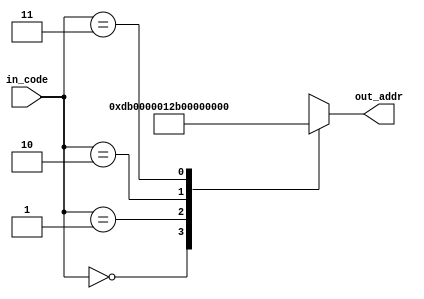
//==================================================================================================
//  Revision      : 
//
//  Description   : 
//
//
//==================================================================================================
module IRDECODE(in_code,out_addr);
	input [1:0]in_code;
	output reg [31:0]out_addr;
	initial begin
		out_addr = 0;
	end
	always @(*) begin
		case(in_code)//generate interrupt processing addr
			2'b00:out_addr <= 32'h0000;//45//ac
			2'b01:out_addr <= 32'h00DB;//78//178
			2'b10:out_addr <= 32'h012B;//AB//224
			2'b11:out_addr <= 32'h017B;//DE//310
		endcase
	end
endmodule